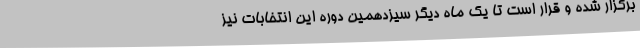
برگزار شده و قرار است تا یک ماه دیگر سیزدهمین دوره این انتخابات نیز